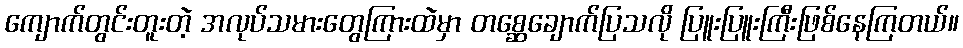
ကျောက်တွင်းတူးတဲ့ အလုပ်သမားတွေကြားထဲမှာ တစ္ဆေချောက်ပြသလို ပြူးပြူးကြီးဖြစ်နေကြတယ်။